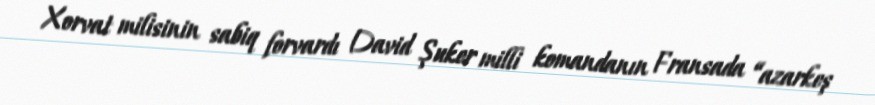
Xorvat milisinin sabiq forvardı David Şuker milli komandanın Fransada “azarkeş